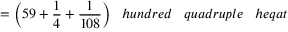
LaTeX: = { \bigg ( } 5 9 + { \frac { 1 } { 4 } } + { \frac { 1 } { 1 0 8 } } { \bigg ) } \; \; \; h u n d r e d \; \; \; q u a d r u p l e \; \; \; h e q a t